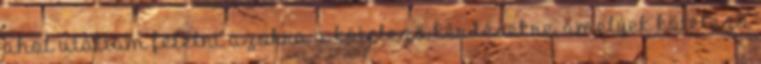
ahol utáltam felelni azokra a kötelező kérdésekre, amelyek kötelező